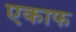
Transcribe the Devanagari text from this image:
एकाफ